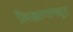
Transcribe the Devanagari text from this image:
लिखाणांमधून